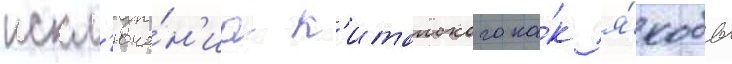
искл'юче́н'иа к'итаиского ка́к я́кобы